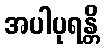
အပါပုရန္တိ